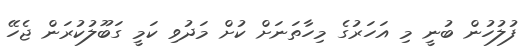
ފުލުހުން ބުނީ މި އަހަރުގެ މިހާތަނަށް ކުށް މަދުވި ކަމީ ގަބޫލުކުރަން ޖެހޭ